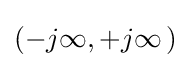
(-j\infty ,+j\infty \,)